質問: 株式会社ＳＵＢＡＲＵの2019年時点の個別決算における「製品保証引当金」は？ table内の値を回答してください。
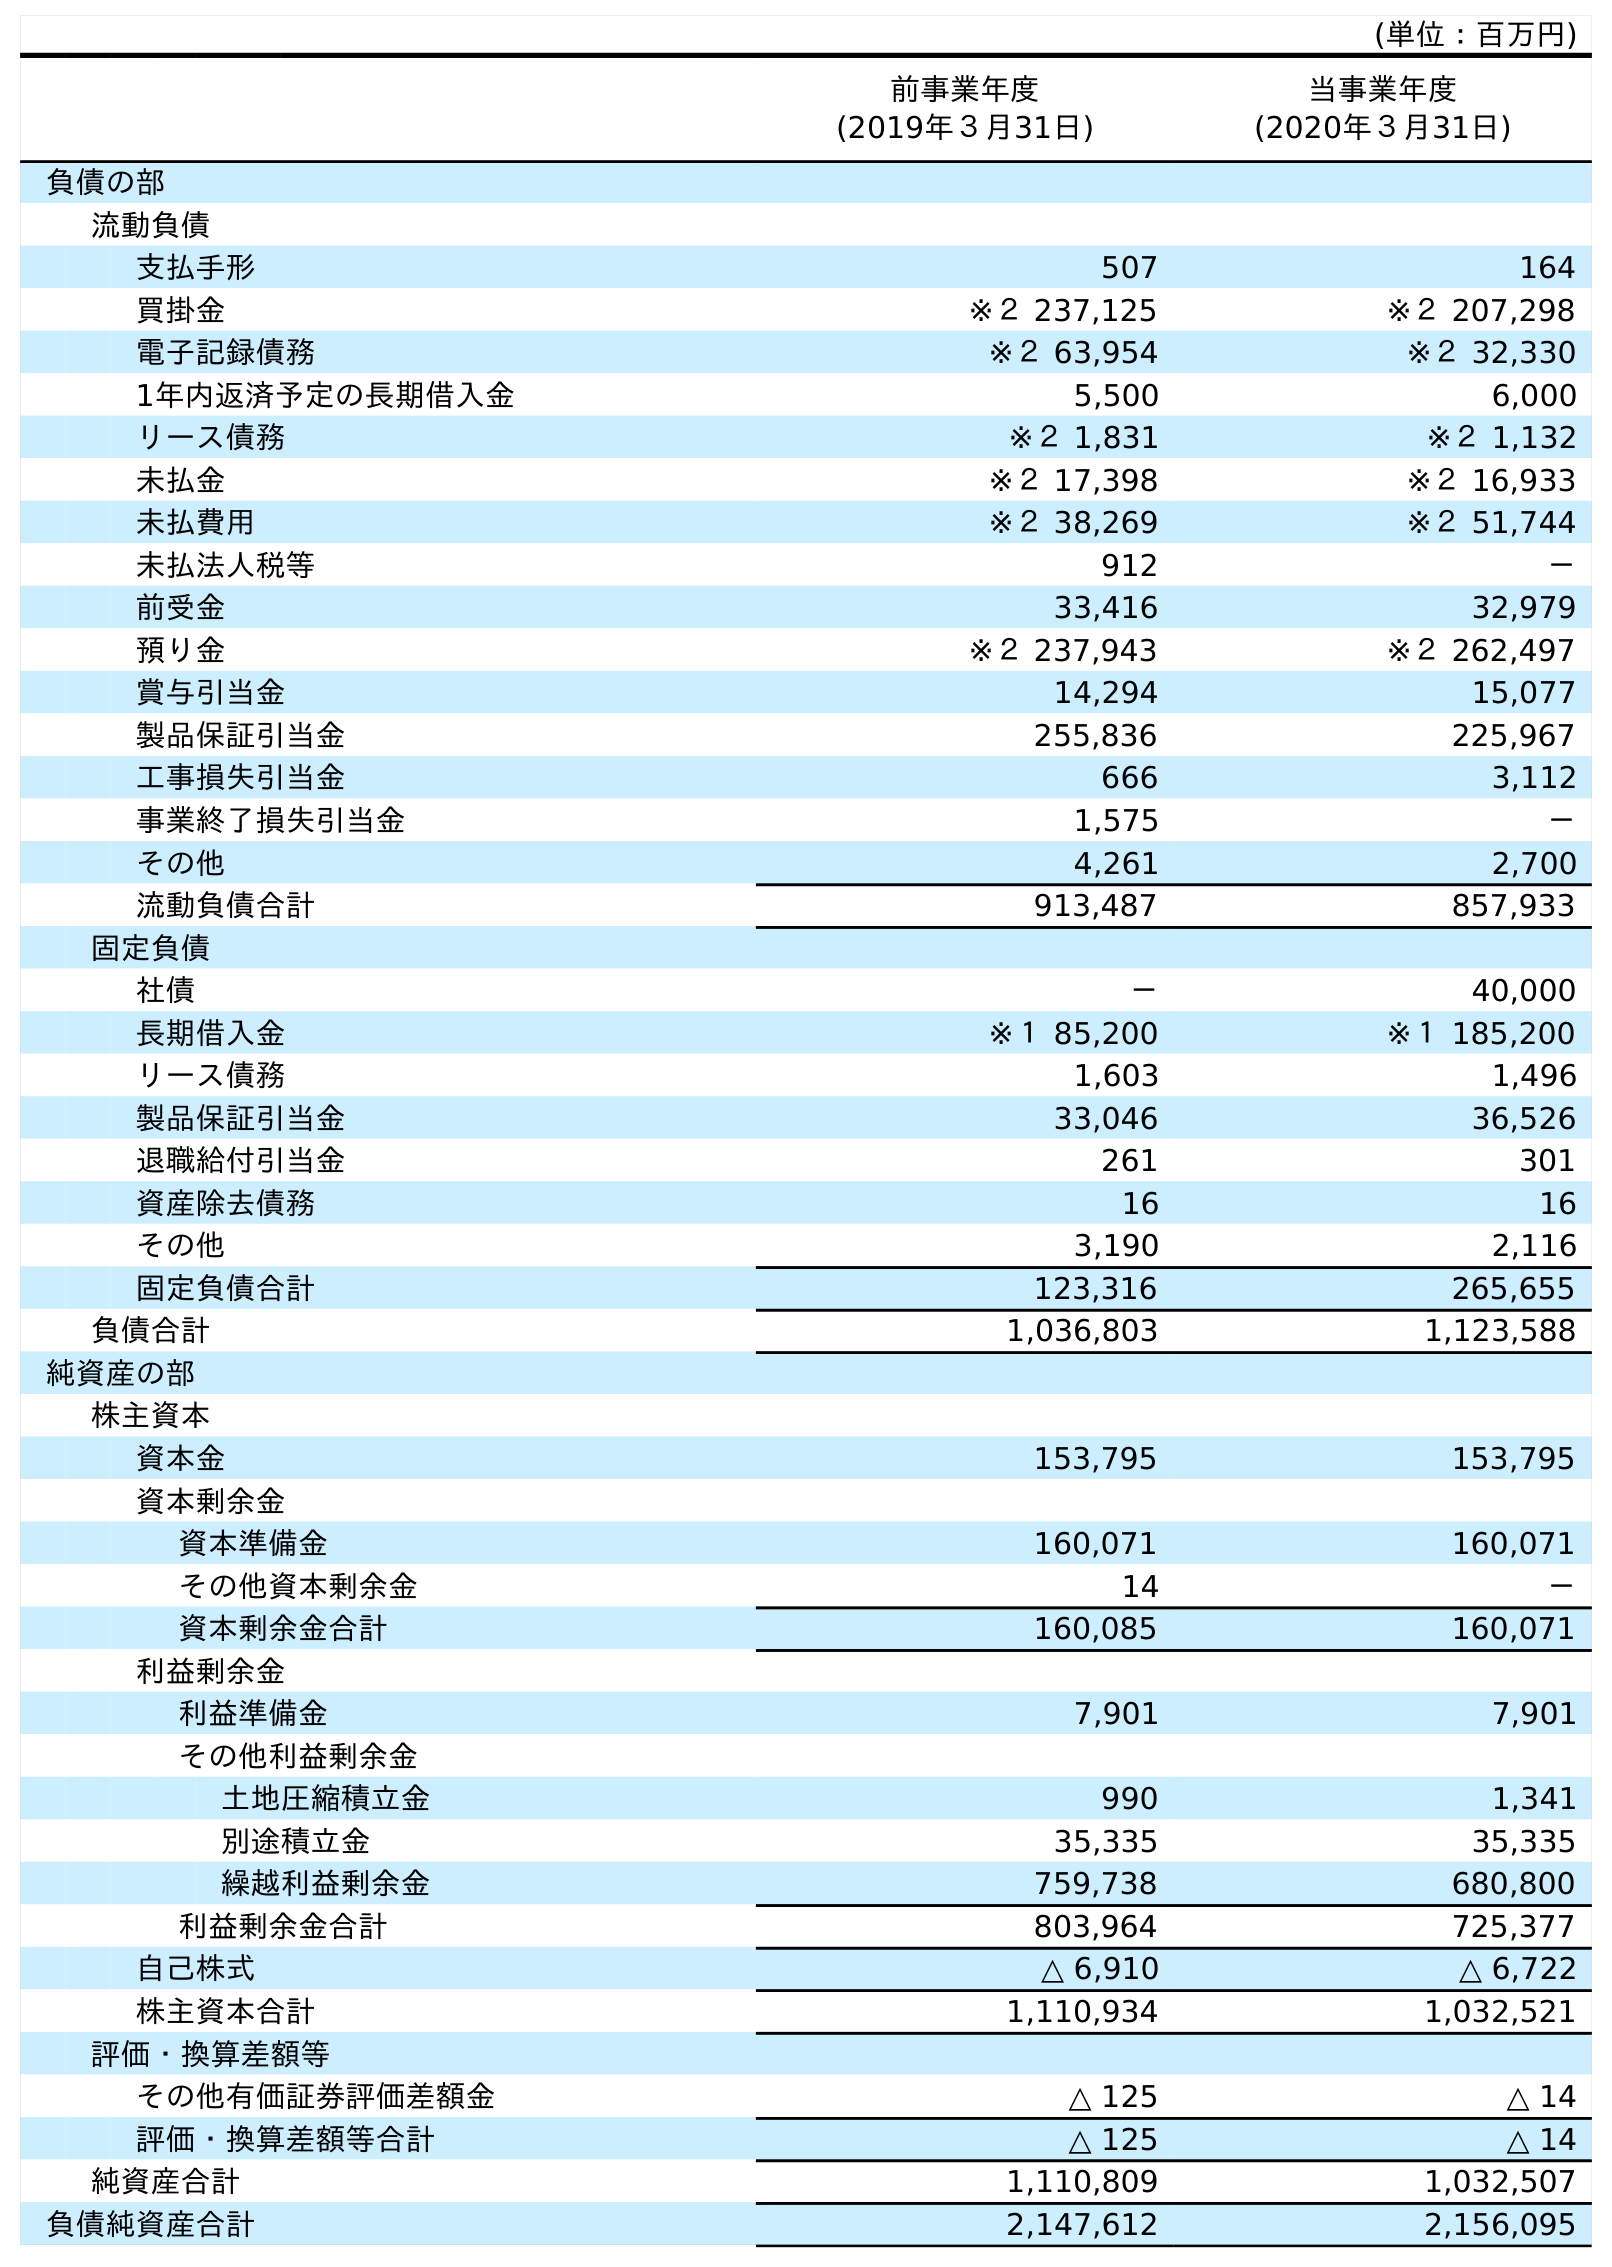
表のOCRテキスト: (単位：百万円) 前事業年度 (2019年３月31日) 当事業年度 (2020年３月31日) 負債の部 流動負債 支払手形 507 164 買掛金 ※２ 237,125 ※２ 207,298 電子記録債務 ※２ 63,954 ※２ 32,330 1年内返済予定の長期借入金 5,500 6,000 リース債務 ※２ 1,831 ※２ 1,132 未払金 ※２ 17,398 ※２ 16,933 未払費用 ※２ 38,269 ※２ 51,744 未払法人税等 912 － 前受金 33,416 32,979 預り金 ※２ 237,943 ※２ 262,497 賞与引当金 14,294 15,077 製品保証引当金 255,836 225,967 工事損失引当金 666 3,112 事業終了損失引当金 1,575 － その他 4,261 2,700 流動負債合計 913,487 857,933 固定負債 社債 － 40,000 長期借入金 ※１ 85,200 ※１ 185,200 リース債務 1,603 1,496 製品保証引当金 33,046 36,526 退職給付引当金 261 301 資産除去債務 16 16 その他 3,190 2,116 固定負債合計 123,316 265,655 負債合計 1,036,803 1,123,588 純資産の部 株主資本 資本金 153,795 153,795 資本剰余金 資本準備金 160,071 160,071 その他資本剰余金 14 － 資本剰余金合計 160,085 160,071 利益剰余金 利益準備金 7,901 7,901 その他利益剰余金 土地圧縮積立金 990 1,341 別途積立金 35,335 35,335 繰越利益剰余金 759,738 680,800 利益剰余金合計 803,964 725,377 自己株式 △ 6,910 △ 6,722 株主資本合計 1,110,934 1,032,521 評価・換算差額等 その他有価証券評価差額金 △ 125 △ 14 評価・換算差額等合計 △ 125 △ 14 純資産合計 1,110,809 1,032,507 負債純資産合計 2,147,612 2,156,095
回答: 255,836